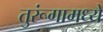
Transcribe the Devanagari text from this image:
तुरूंगामध्ये